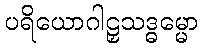
ပရိယောဂါဠှသဒ္ဓမ္မော